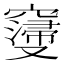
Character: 𮄝